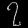
Digit: ၇